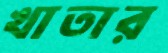
খাতার